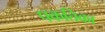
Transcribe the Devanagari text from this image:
पकतिका